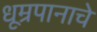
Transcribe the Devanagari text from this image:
धूम्रपानाचे